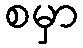
စမှာ